Report on sanitation, dispensaries, and jails in Rajputana for 1918, and on vaccination for the year 1918-1919 - 1918-1919
Year: 1918
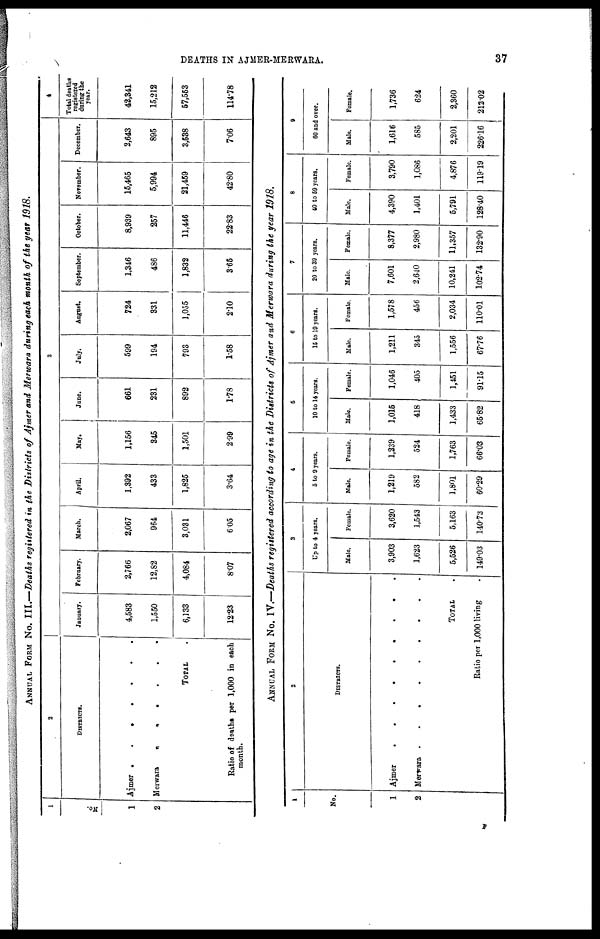
DEATHS IN AJMER-MERWARA.
37
ANNUAL FORM No. III.—Deaths registered in the Districts of Ajmer and Merwara during each month of the year 1918.
1
No.
1
2
2
DISTRICTS.
Ajmer .
.
.
.
.
.
.
Merwara
.
.
.
.
.
.
TOTAL .
Ratio of deaths per 1,000 in each
month.
3
January.
4,583
1,550
6,133
12.23
February.
2,766
12,82
4,084
8.07
March.
2,067
964
3,031
6.05
April.
1,392
433
1,825
3.64
May.
1,156
345
1,501
2.99
June.
661
231
892
1.78
July.
599
194
793
1.58
August.
724
331
1,055
2.10
September.
1,346
486
1,832
3.65
October.
8,939
257
11,446
22.83
November.
15,465
5,994
21,459
42.80
December.
2,643
895
3,538
7.06
4
Total deaths
registered
during the
year.
42,341
15,212
57,553
114.78
ANNUAL FORM No. IV.—Deaths registered according to age in the Districts of Ajmer and Merwara during the year 1918.
1
No.
1
2
2
DISTRICTS.
Ajmer
.
.
.
.
.
.
.
.
.
Merwara .
.
.
.
.
.
.
.
.
TOTAL .
Ratio per 1,000 living .
3
Up to 4 years.
Male.
3,903
1,623
5,526
149.03
Female.
3,620
1,543
5,163
140.73
4
5 to 9 years.
Male.
1,219
582
1,801
60.29
Female.
1,239
524
1,763
66.03
5
10 to 14 years.
Male.
1,015
418
1,433
65.82
Female.
1,046
405
1,451
91.15
6
15 to 19 years.
Male.
1,211
345
1,556
67.76
Female.
1,578
456
2,034
110.01
7
20 to 39 years.
Male.
7,601
2,640
10,241
102.74
Female.
8,377
2,980
11,357
132.90
8
40 to 59 years.
Male.
4,390
1,401
5,791
128.40
Female.
3,790
1,086
4,876
119.19
9
60 and over.
Male.
1,616
585
2,201
226.16
Female.
1,736
624
2,360
212.02